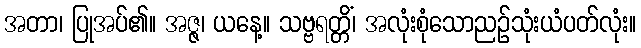
အတာ၊ ပြုအပ်၏။ အဇ္ဇ၊ ယနေ့။ သဗ္ဗရတ္တိံ၊ အလုံးစုံသောညဉ်သုံးယံပတ်လုံး။